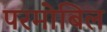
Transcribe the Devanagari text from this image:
परमोबिल